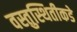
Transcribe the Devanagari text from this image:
वस्तुस्थितीकडे